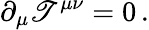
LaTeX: \partial_{\mu}\mathscr{T}^{\mu\nu}=0\, .